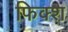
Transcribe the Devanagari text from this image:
फिक्श